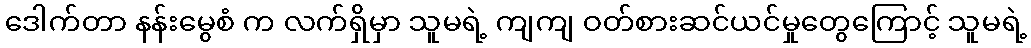
ဒေါက်တာ နန်းမွေစံ က လက်ရှိမှာ သူမရဲ့ ကျကျ ဝတ်စားဆင်ယင်မှုတွေကြောင့် သူမရဲ့